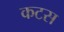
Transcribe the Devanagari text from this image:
कटस